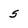
Character: 5